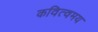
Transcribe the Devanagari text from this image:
कवित्वमय